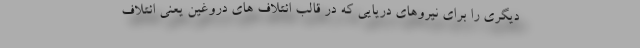
دیگری را برای نیروهای دریایی که در قالب ائتلاف های دروغین یعنی ائتلاف